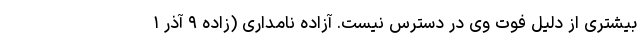
بیشتری از دلیل فوت وی در دسترس نیست. آزاده نامداری (زادهٔ ۹ آذر ۱